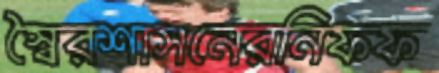
স্বৈরশাসনেরনিফফ